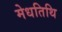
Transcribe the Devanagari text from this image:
मेधतिथि